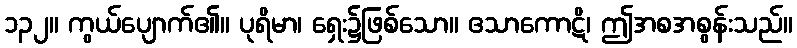
၁၃၂။ ကွယ်ပျောက်၏။ ပုရိမာ၊ ရှေး၌ဖြစ်သော။ ဧသာကောဋိ၊ ဤအစအစွန်းသည်။